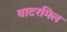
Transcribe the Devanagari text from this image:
वाटरमिल